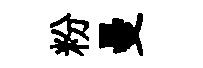
粉曼